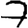
Digit: 7